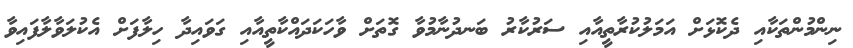
ނިންމުންތަކާއި ދެކޮޅަށް އަމަލުކުރާތީއާއި ސަރުކާރު ބަނދުނާމުވާ ގޮތަށް ވާހަކަދައްކާތީއާއި ގަވައިދާ ހިލާފަށް އެކުލަވާލާފައިވާ